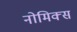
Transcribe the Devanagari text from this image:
नोमिक्स